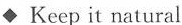
◆Keep it natural